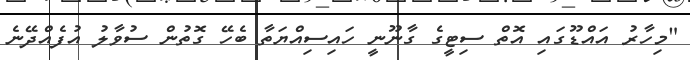
"މިހާރު އައްޑޫގައި އޮތް ސިޓީގެ ގާނޫނީ ހައިސިއްޔަތާ ބެހޭ ގޮތުން ސުވާލު އުފެއްދޭނެ